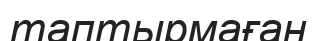
таптырмаған